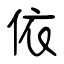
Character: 依